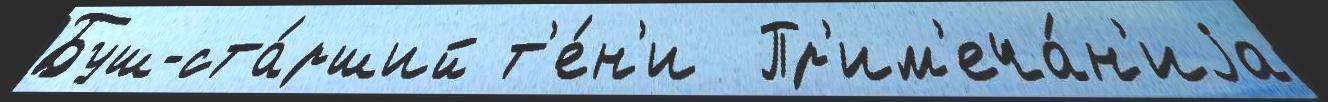
Буш-ста́рший т'е́н'и  Пр'им'еча́н'иjа